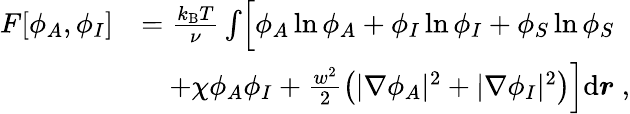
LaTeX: \begin{array}{rl}{F[\phi_{A},\phi_{I}]}&{=\frac{k_{\mathrm{B}}T}{\nu}\int\Bigl[\phi_{A}\ln\phi_{A}+\phi_{I}\ln\phi_{I}+\phi_{S}\ln\phi_{S}}\\ &{\quad+\chi\phi_{A}\phi_{I}+\frac{w^{2}}{2}\left(|\nabla\phi_{A}|^{2}+|\nabla\phi_{I}|^{2}\right)\Bigr]\mathrm{d}\boldsymbol r\; ,}\end{array}